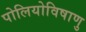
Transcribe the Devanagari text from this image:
पोलियोविषाणु